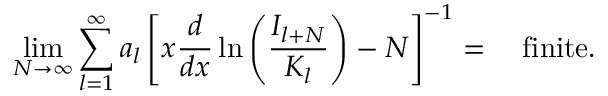
\operatorname * { l i m } _ { N \rightarrow \infty } \sum _ { l = 1 } ^ { \infty } a _ { l } \left[ x \displaystyle \frac { d } { d x } \ln \left( \displaystyle \frac { I _ { l + N } } { K _ { l } } \right) - N \right] ^ { - 1 } = \quad \mathrm { f i n i t e } .